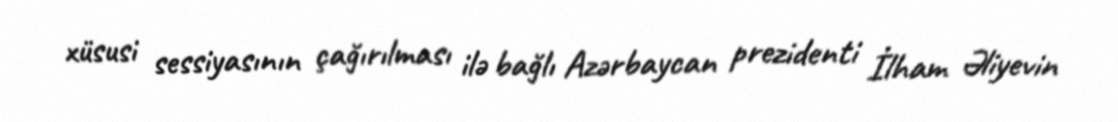
xüsusi sessiyasının çağırılması ilə bağlı Azərbaycan prezidenti İlham Əliyevin